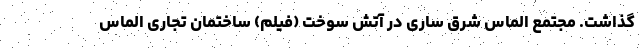
گذاشت. مجتمع الماس شرق ساری در آتش سوخت (فیلم) ساختمان تجاری الماس